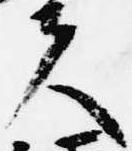
夫